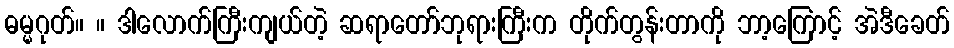
ဓမ္မဂုတ်။ ။ ဒါလောက်ကြီးကျယ်တဲ့ ဆရာတော်ဘုရားကြီးက တိုက်တွန်းတာကို ဘာ့ကြောင့် အဲဒီခေတ်